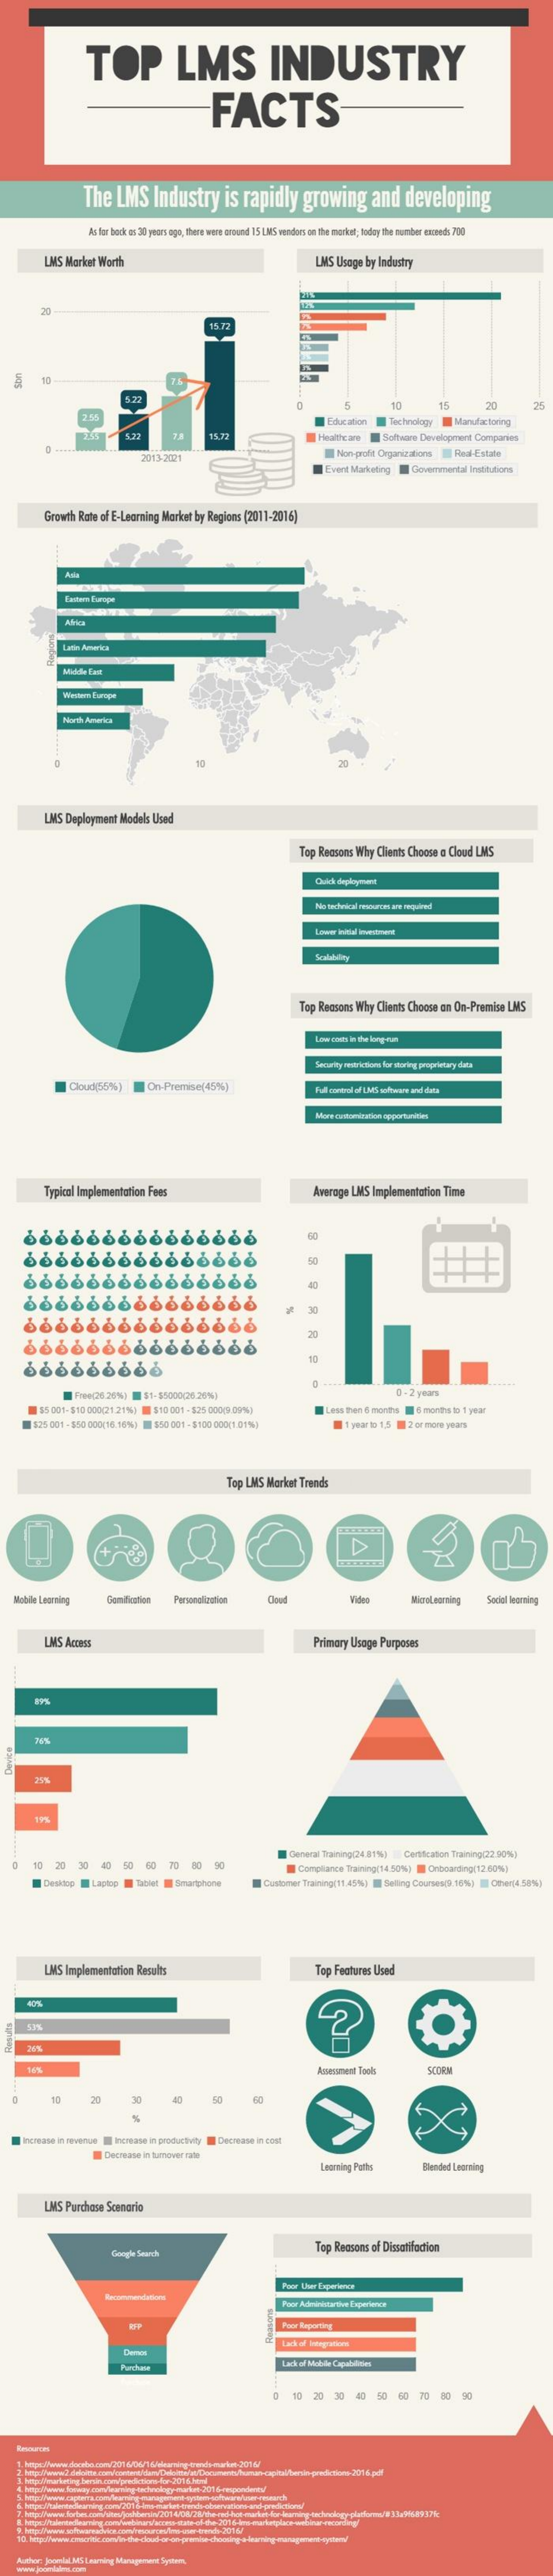
TOP    LMS    INDUSTRY
     FACTS
     The    LMS    Industry    is  rapidly    growing    and    developing
     As far back es:30 poor's nge, thens mens ground 15 LIS vendors on the market; todoy the number exzende 700
     LMS  Morkat Worth    LMS Usage by Industry
     10    20    35
     Technology    Manufactoring
     Hrait's an    Software Development Companies
     2013-2221    Non-profit Organizations   Real-Estate
     Event Marketing    Commental    Irnotubons
     Growth  Rate of E-Learning Market  by Regions (2011-2016)
     Ladere Tunope
     Latin America
     Madde Fast
     North America
     LMS  Deployment  Models  Used
     Top  Reasons Why  Clients Choose a Cloud LMS
     Scalability
     Top  Reasons Why  Clients Choose an On-Premise  LMS
     Security restrictions for storing proprietary duits
     Cloud(55%)
     Typical Implementation  Fees    Awerogo LMS  Implementation  Time
     50
     30
     20
     10
     Free(25.20%)    $1-55000(26 28%)    0 - 2 years
     15.001-$10 000(21.21%) [  $10 001 - 525 00009-09%)
     436 001 -550 000(16:16%)  : 460 001 -4:150 800(1 01%)    1 year to 1,5  2 or more years
     Top LMS Market Trends
     D
   Mobile ILnot ning    Comifinalins    Microloor ning   Social learning
     LMS Access    Primery Usoge  Purposes
     1@   20    30   40   50   60   TD    40   90
     General Training:2 4. 8:150 Centration Training:22 90%)
     Compliance Training( 14.50%)  Onboarding(12:60%)
     Desktop    Laptop    Customer Thaining(11.45%) [ Selling Courses(3. 185%) = Ofwer(4.50%|
     LMS  Implementation  Results    Tep Features Used
     Aasevanvent Tools
     20    30    40
     X
     ncmans in revenus [ increase in productity   Decrease in comt
     Dechine in turnover ture
     I morning Pethe    Blended L, morning
     LINS Purchase Scenarie
     Top Reasons of Dissetilaction
     hoor User Experience
     Poor Aciminiturtive Expertenot
     Purchase
     Ladoaf Mobile Capabilities
     20  30   40   50   60   70   80   90
     -trench-2016/
    Author: Jeanlal MAS Learning Management System.